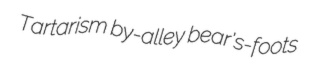
Tartarism by-alley bear's-foots